Indian journal of veterinary science and animal husbandry - Volumes 26-27, 1956-1957
Year: 1956
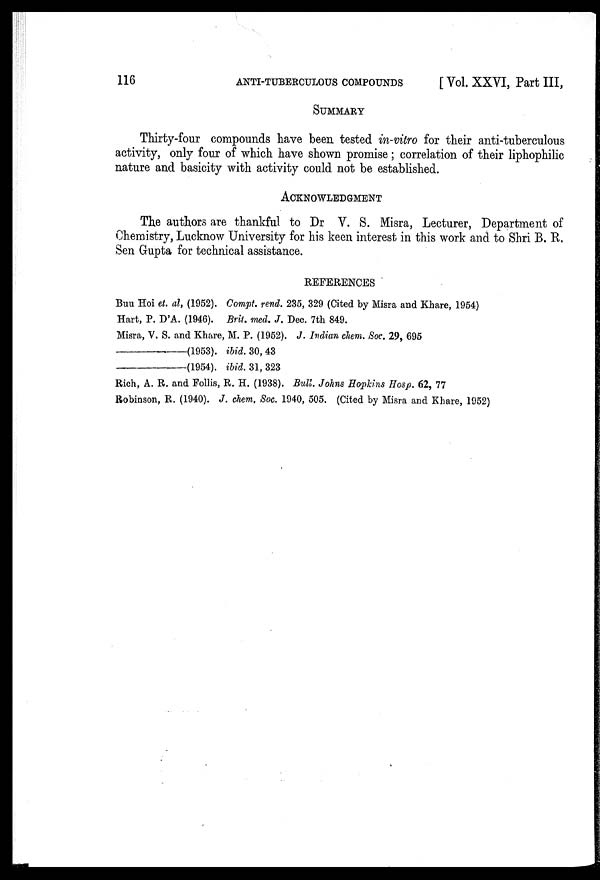
116
ANTI-TUBERCULOUS
COMPOUNDS
[ Vol. XXVI, Part III,
SUMMARY
Thirty-four compounds have been tested in-vitro for their anti-tuberculous
activity, only four of which have shown promise; correlation of their liphophilic
nature and basicity with activity could not be established.
ACKNOWLEDGMENT
The authors are thankful to Dr V. S. Misra, Lecturer, Department of
Chemistry, Lucknow University for his keen interest in this work and to Shri B. R.
Sen Gupta for technical assistance.
REFERENCES
Buu Hoi et. al., (1952). Compt. rend. 235, 329 (Cited by Misra and Khare, 1954)
Hart, P. D'A. (1946). Brit. med. J. Dec. 7th 849.
Misra, V. S. and Khare, M. P. (1952). J. Indian chem. Soc. 29, 695
—(1953).
ibid. 30, 43
—(1954).
ibid. 31, 323
Rich, A. R. and Follis, R. H. (1938). Bull. Johns Hopkins Hosp. 62, 77
Robinson, R. (1940). J. chem. Soc. 1940, 505. (Cited by Misra and Khare, 1952)